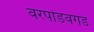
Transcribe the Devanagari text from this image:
वरपांडवगड